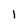
Character: I